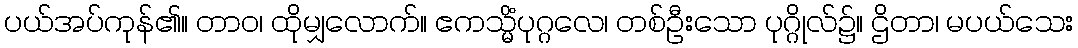
ပယ်အပ်ကုန်၏။ တာဝ၊ ထိုမျှလောက်။ ဧကသ္မိံပုဂ္ဂလေ၊ တစ်ဦးသော ပုဂ္ဂိုလ်၌။ ဌိတာ၊ မပယ်သေး